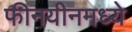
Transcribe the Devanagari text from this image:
फीनयीनमध्ये